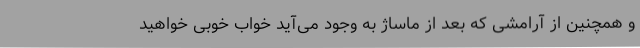
و همچنین از آرامشی که بعد از ماساژ به وجود می‌آید خواب خوبی خواهید